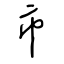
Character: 市